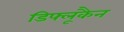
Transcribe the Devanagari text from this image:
डिफ्लूकैन